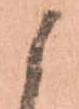
候